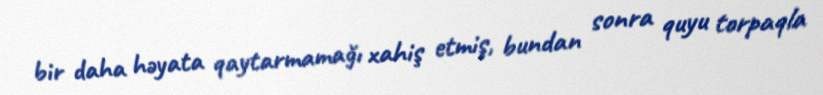
bir daha həyata qaytarmamağı xahiş etmiş, bundan sonra quyu torpaqla